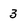
Character: 3